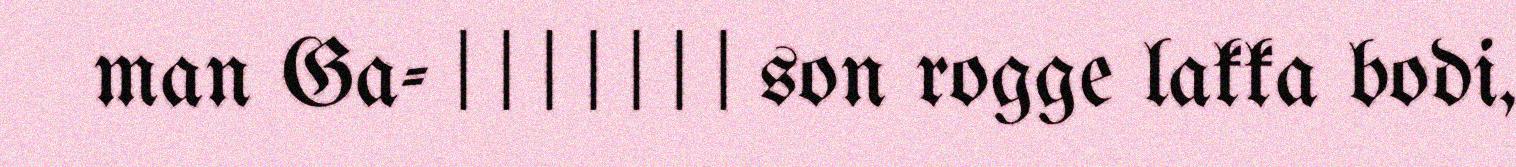
man Ga- | | | | | | | son rogge lakka bodi,